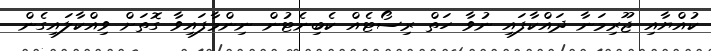
ކުއްޔާއި ޖޫރިމަނާ ދައްކާފައި ނުވާ ހަތް ރިސޯޓެއް ކެބިނެޓުން ނިންމާފައިވާ ގޮތަށް ވިއްކާލައިގެން